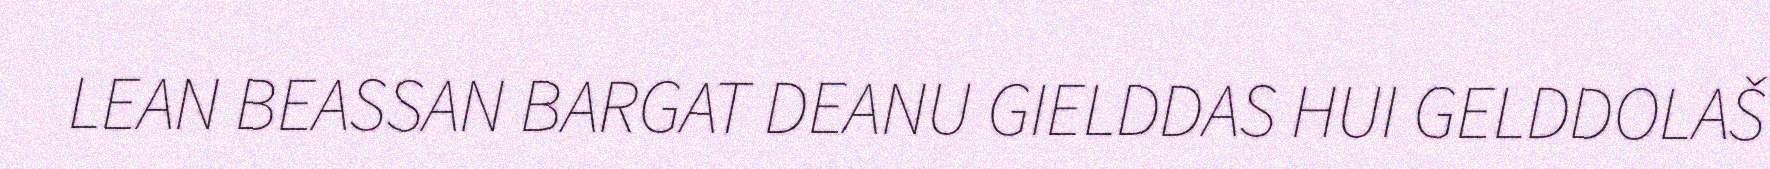
LEAN BEASSAN BARGAT DEANU GIELDDAS HUI GELDDOLAŠ